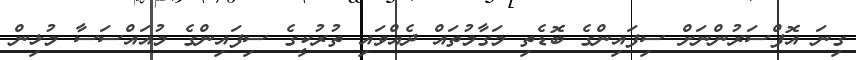
ގިނަ އޮފްސަރުންނަށް ސިފައިންގެ ބޮޑެތި މަގާމުތައް ދެއްވައި ތުރުކީގެ ސިފައިންގެ މުއައްސަސާ މުޅިން